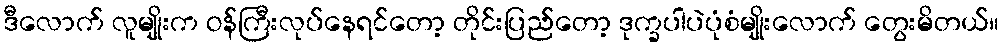
ဒီလောက် လူမျိုးက ဝန်ကြီးလုပ်နေရင်တော့ တိုင်းပြည်တော့ ဒုက္ခပါပဲပုံစံမျိုးလောက် တွေးမိတယ်။